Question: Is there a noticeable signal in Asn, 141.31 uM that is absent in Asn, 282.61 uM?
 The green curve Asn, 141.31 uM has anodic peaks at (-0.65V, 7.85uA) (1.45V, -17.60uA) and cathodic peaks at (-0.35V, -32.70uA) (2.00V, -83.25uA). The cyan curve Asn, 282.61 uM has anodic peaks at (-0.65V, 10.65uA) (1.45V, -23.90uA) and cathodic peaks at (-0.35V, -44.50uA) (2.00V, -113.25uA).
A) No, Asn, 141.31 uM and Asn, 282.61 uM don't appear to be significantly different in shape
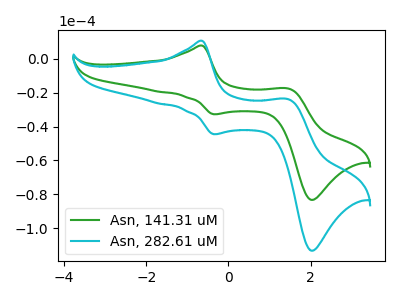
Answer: <think>All the peaks in "Asn, 141.31 uM" have a peak in "Asn, 282.61 uM" at the same potential.
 </think>
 <answer>A) No, "Asn, 141.31 uM" and "Asn, 282.61 uM" don't appear to be significantly different in shape</answer>
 <eval>A</eval>